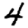
Digit: 4